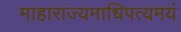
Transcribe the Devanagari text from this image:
माहाराज्यमाधिपत्यमयं